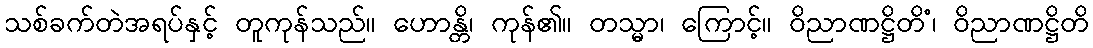
သစ်ခက်တဲအရပ်နှင့် တူကုန်သည်။ ဟောန္တိ၊ ကုန်၏။ တသ္မာ၊ ကြောင့်။ ဝိညာဏဋ္ဌိတိံ၊ ဝိညာဏဋ္ဌိတိ